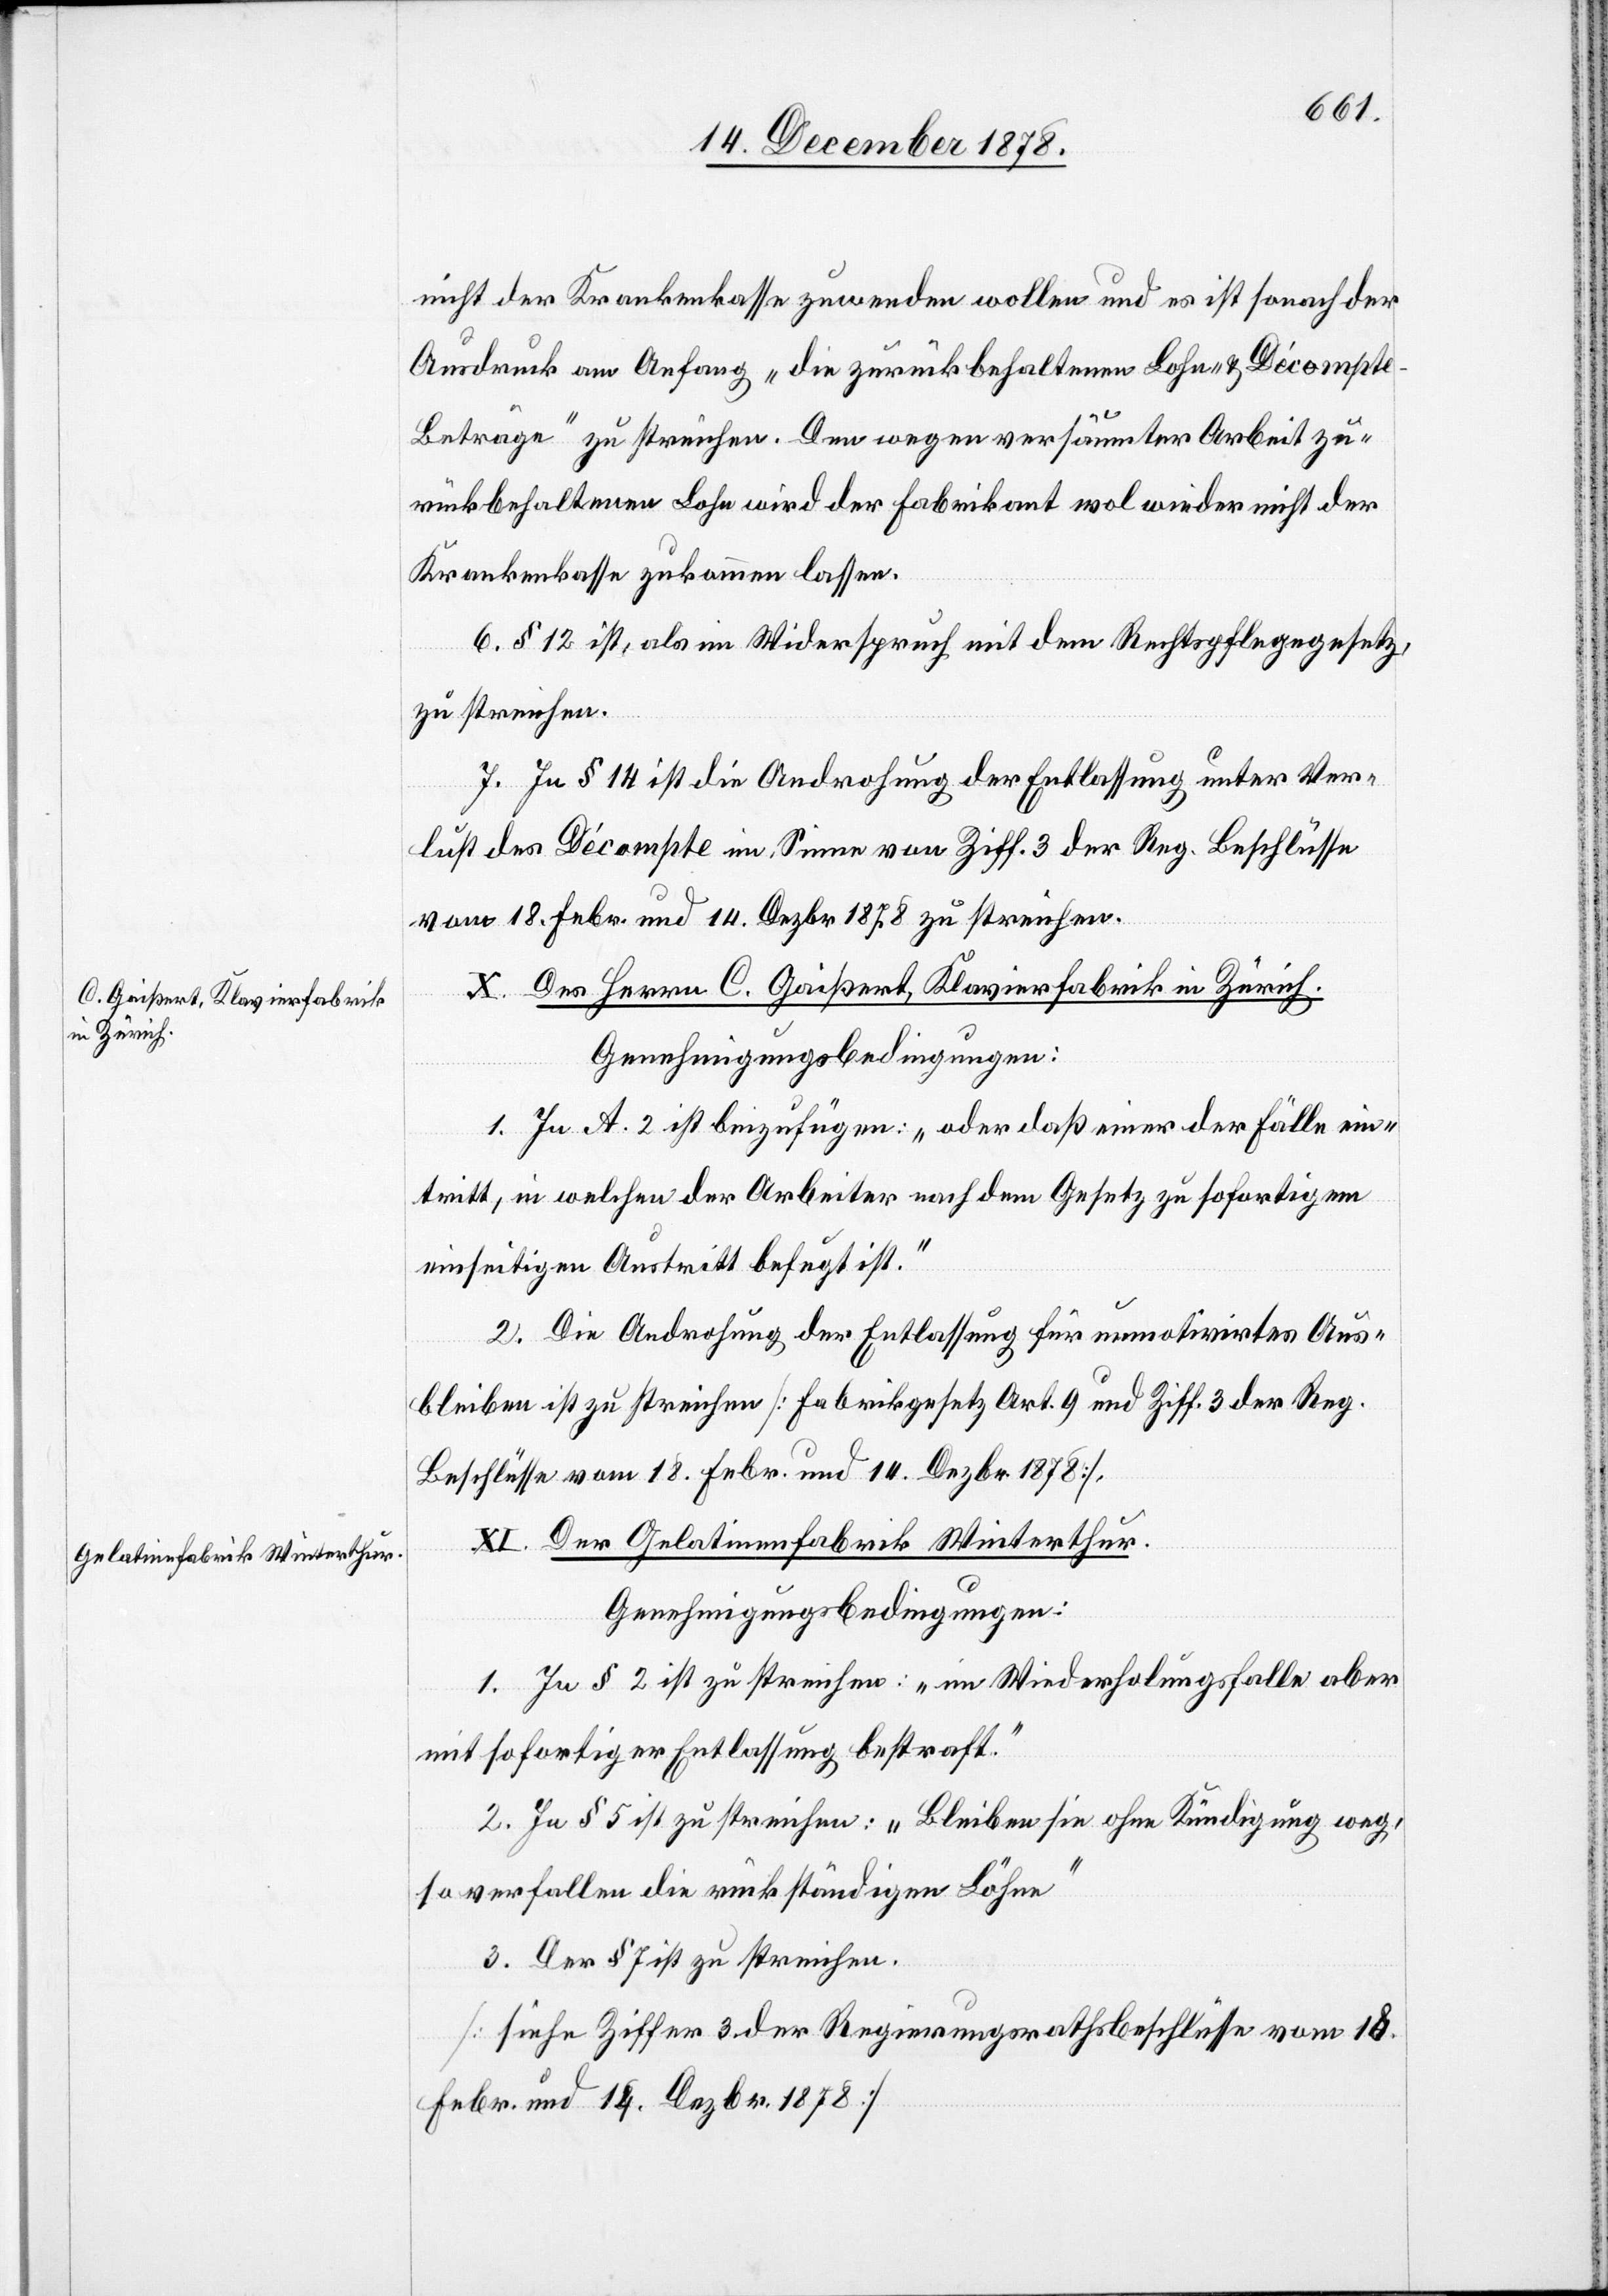
nicht der Krankenasse zuwenden wollen und es ist sonach der
Ausdruck am Anfang „die zurückbehaltenen Lohn- & Décompt¬
e-Beträge“ zu streichen. Den wegen versäumter Arbeit zu¬
rückbehaltenen Lohn wird der Fabrikant wol wieder nicht der
Krankenkasse zukommen lassen.
6. § 12 ist, als im Widerspruch mit dem Rechtspflegegesetz
zu streichen.
7. In § 14 ist die Androhung der Entlassung unter Ver¬
lust des Décompte im Sinne von Ziff. 3 der Reg. Beschlüsse
vom 18. Febr. und 14. Dezbr. 1878 zu streichen.
X. Des Herrn C. Gaißert [sic!], Klavierfabrik in Zürich.
Genehmigungsbedingungen:
1. In A. 2 ist beizufügen: „oder daß einer der Fälle ein¬
tritt, in welchen der Arbeiter nach dem Gesetz zu sofortigem
einseitigen Austritt befugt ist.“
2. Die Androhung der Entlassung für unmotivirtes Aus¬
bleiben ist zu streichen [Fabrikgesetz Art. 9 und Ziff. 3 der Reg.
Beschlüsse vom 18. Febr. und 14. Dezbr. 1878].
XI. Der Gelatinenfabrik Winterthur.
Genehmigungsbedingungen:
1. In § 2 ist zu streichen: „im Wiederholungsfalle aber
mit sofortiger Entlassung bestraft.“
2. In § 5 ist zu streichen: „Bleiben sie ohne Kündigung weg,
so verfallen die rückständigen Löhne.“
3. Der § 7 ist zu streichen
[siehe Ziffer 2 der Regierungsrathsbeschlüsse vom 18.
Febr. und 14. Dezbr. 1878].